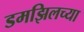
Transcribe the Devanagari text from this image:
डमझिलच्या